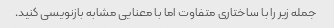
جمله زیر را با ساختاری متفاوت اما با معنایی مشابه بازنویسی کنید.